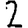
Digit: 2